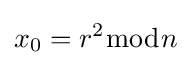
x_{0}=r^{2}{\bmod {n}}